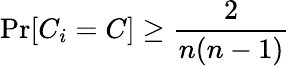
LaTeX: \operatorname*{Pr}[C_{i}=C]\geq{\frac{2}{n(n-1)}}